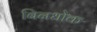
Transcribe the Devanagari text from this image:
बिनधोक